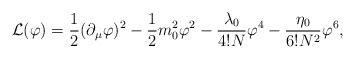
\begin{align*}{\cal L}(\varphi)=\frac{1}{2} (\partial_{\mu} \varphi)^2-\frac{1}{2}m_{0}^2\varphi^2-\frac{\lambda_0}{4!N} \varphi^4- \frac{\eta_0}{6! N^2}\varphi^6,\end{align*}